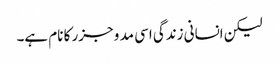
لیکن انسانی زندگی اسی مد و جزر کا نام ہے۔